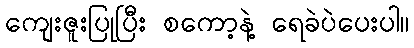
ကျေးဇူးပြုပြီး စကော့နဲ့ ရေခဲပဲပေးပါ။